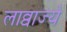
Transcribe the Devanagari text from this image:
लाव्वाज्ये